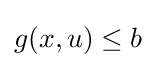
g(x,u)\leq b